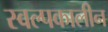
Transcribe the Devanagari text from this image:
स्वल्पकालीन